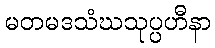
မတမဒသံဃသုပ္ပဟီနာ